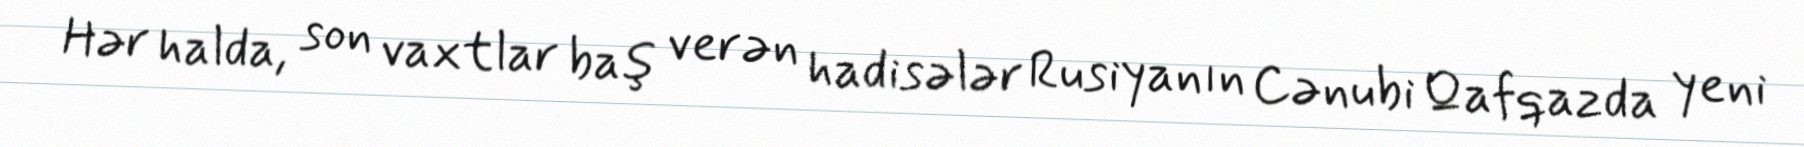
Hər halda, son vaxtlar baş verən hadisələr Rusiyanın Cənubi Qafqazda yeni